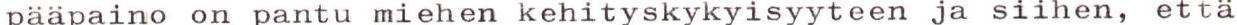
pääpaino on pantu miehen kehityskykyisyyteen ja siihen, että